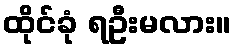
ထိုင်ခုံ ရဦးမလား။